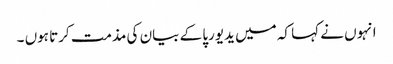
انہوں نے کہا کہ میں یدیورپا کے بیان کی مذمت کرتا ہوں ۔